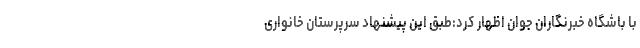
با باشگاه خبرنگاران جوان اظهار کرد:طبق این پیشنهاد سرپرستان خانواری